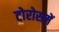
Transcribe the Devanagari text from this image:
टोरोसमें